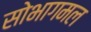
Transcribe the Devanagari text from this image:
सोभागमल